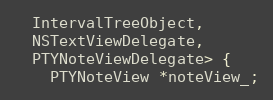
Language: C
  IntervalTreeObject,
  NSTextViewDelegate,
  PTYNoteViewDelegate> {
    PTYNoteView *noteView_;